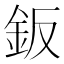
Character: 鈑